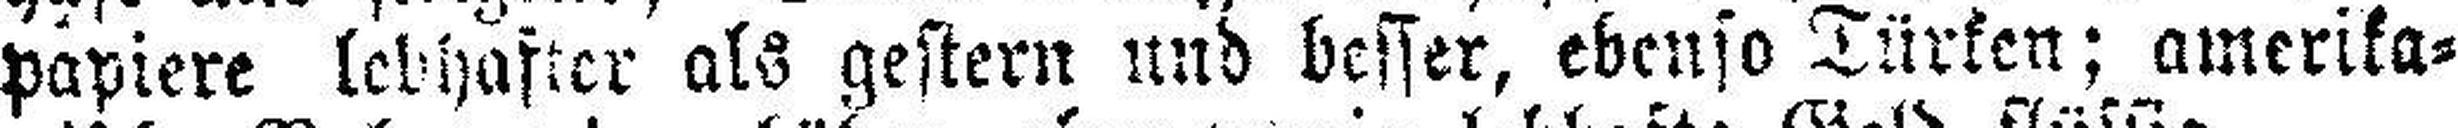
papiere lebhafter als gestern und besser, ebenso Türken; amerika¬